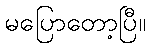
မပြောတော့ပြီ။